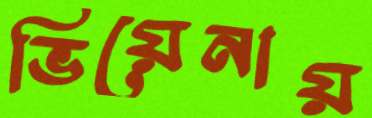
ভিয়েনায়